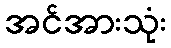
အင်အားသုံး